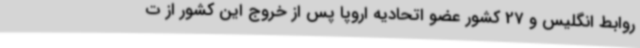
روابط انگلیس و 27 کشور عضو اتحادیه اروپا پس از خروج این کشور از ت